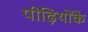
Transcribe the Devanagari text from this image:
पीढ़ियोंके